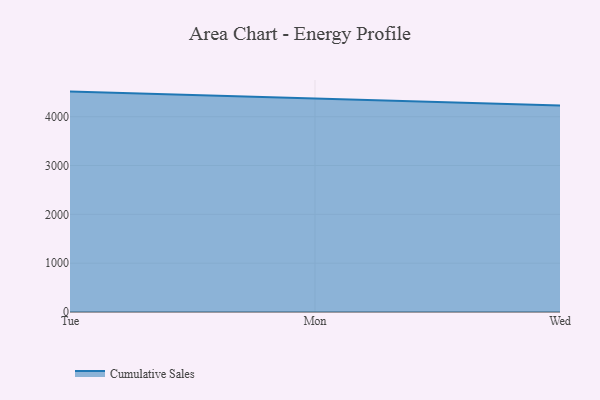
{"axis": {"x": "Day", "y": "Temperature (°C)"}, "legend": ["Cumulative Sales"], "data": [{"x": "Tue", "y": 4514.6, "type": "Cumulative Sales"}, {"x": "Mon", "y": 4369.1, "type": "Cumulative Sales"}, {"x": "Wed", "y": 4231.3, "type": "Cumulative Sales"}]}